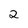
Character: 2